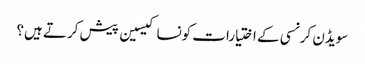
سویڈن کرنسی کے اختیارات کونسا کیسین پیش کرتے ہیں؟